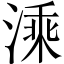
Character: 溗